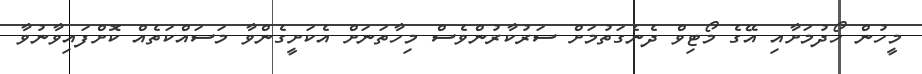
މީހުން ހޯދުމަށާއި އޭގެ މޯޓިވް ދެނެގަތުމަށް ސަރުކާރުންވެސް މިހާތަނަށް އެކަށީގެންވާ މަސައްކަތެއް ކޮށްފައިވާނުވާ